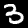
Label: 3